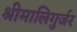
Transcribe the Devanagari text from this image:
श्रीमालिगुर्जर